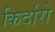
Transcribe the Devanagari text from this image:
किर्दारो